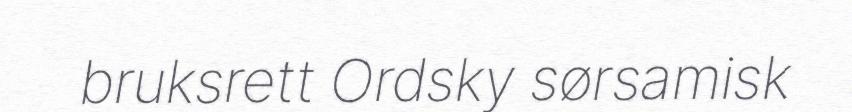
bruksrett Ordsky sørsamisk